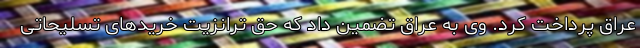
عراق پرداخت کرد. وی به عراق تضمین داد که حق ترانزیت خریدهای تسلیحاتی